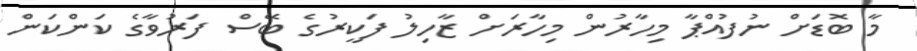
މާ ބޮޑަށް ނުފުއްޕާ މިހާރުން މިހާރަށް ޒާހިލު ފަކީރުގެ ބޭސް ފަރުވާގެ ކަންކަން